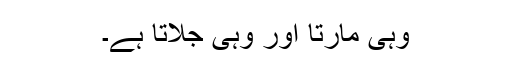
وہی مارتا اور وہی جلاتا ہے۔